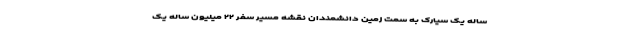
ساله یک سیارک به سمت زمین دانشمندان نقشه مسیر سفر ۲۲ میلیون ساله یک